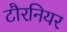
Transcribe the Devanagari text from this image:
टौरनियर